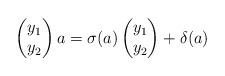
LaTeX: \begin{align*}\begin{pmatrix}y_1 \\ y_2 \end{pmatrix} a = \sigma(a) \begin{pmatrix}y_1 \\ y_2 \end{pmatrix} + \delta(a)\end{align*}